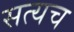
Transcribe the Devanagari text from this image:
सत्यच